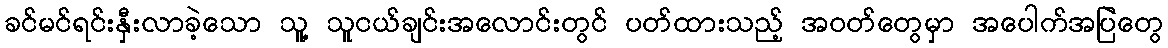
ခင်မင်ရင်းနှီးလာခဲ့သော သူ့ သူငယ်ချင်းအလောင်းတွင် ပတ်ထားသည့် အဝတ်တွေမှာ အပေါက်အပြဲတွေ